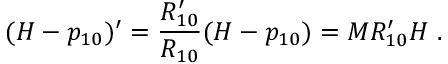
( H - p _ { 1 0 } ) ^ { \prime } = \frac { R _ { 1 0 } ^ { \prime } } { R _ { 1 0 } } ( H - p _ { 1 0 } ) = M R _ { 1 0 } ^ { \prime } { \cal H } \ .